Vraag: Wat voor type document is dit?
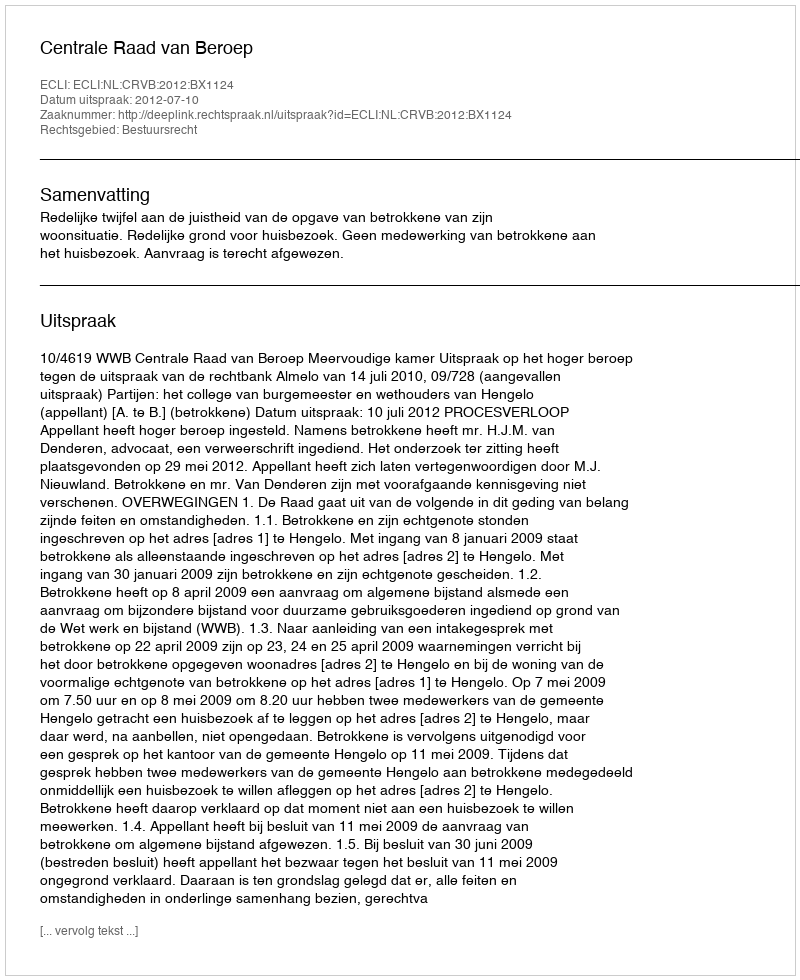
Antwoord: Uitspraak